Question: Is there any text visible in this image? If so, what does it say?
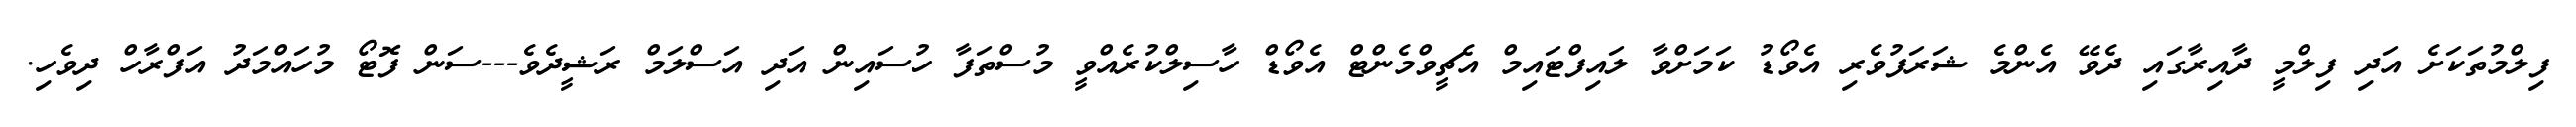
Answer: ފިލްމުތަކަށެ އަދި ފިލްމީ ދާއިރާގައި ދެވޭ އެންމެ ޝަރަފުވެރި އެވޯޑު ކަމަށްވާ ލައިފްޓައިމް އެޗީވްމެންޓް އެވޯޑް ހާސިލްކުރެއްވީ މުސްތަފާ ހުސައިން އަދި އަސްލަމް ރަޝީދެވެ---ސަން ފޮޓޯ މުހައްމަދު އަފްރާހް ދިވެހި.